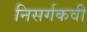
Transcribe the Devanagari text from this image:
निसर्गकवी